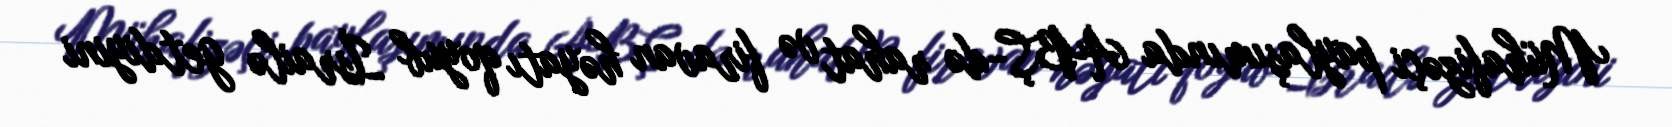
Mühafizəçi paylaşımında ABŞ-də rahat və firavan həyatı qoyub İsrailə getdiyini